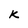
Character: k